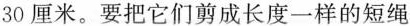
30厘米。要把它们剪成长度一样的短绳